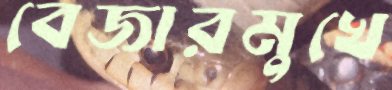
বেজারমুখে